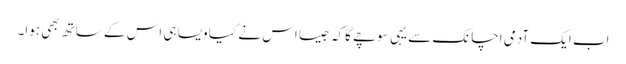
اب ایک آدمی اچانک سے یہی سوچے گا کہ جیسا اس نے کیا ویسا ہی اس کے ساتھ بھی ہوا۔